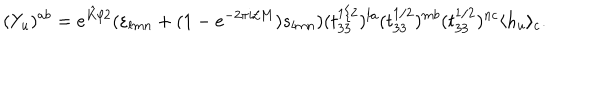
( Y _ { u } ) ^ { a b } = e ^ { \hat { K } / 2 } ( \varepsilon _ { l m n } + ( 1 - e ^ { - 2 \pi i / M } ) s _ { l m n } ) ( t _ { 3 3 } ^ { 1 / 2 } ) ^ { l a } ( t _ { 3 3 } ^ { 1 / 2 } ) ^ { m b } ( t _ { 3 3 } ^ { 1 / 2 } ) ^ { n c } \langle h _ { u } \rangle _ { c } .